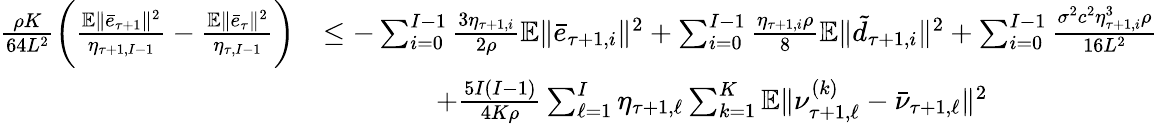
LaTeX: \begin{array}{rl}{\frac{\rho K}{64L^{2}}\bigg(\frac{\mathbb{E}\| \bar{e}_{\tau+1}\| ^{2}}{\eta_{\tau+1,I-1}}-\frac{\mathbb{E}\| \bar{e}_{\tau}\| ^{2}}{\eta_{\tau,I-1}}\bigg)}&{\leq-\sum_{i=0}^{I-1}\frac{3\eta_{\tau+1,i}}{2\rho}\mathbb{E}\| \bar{e}_{\tau+1,i}\| ^{2}+\sum_{i=0}^{I-1}\frac{\eta_{\tau+1,i}\rho}{8}\mathbb{E}\| \tilde{d}_{\tau+1,i}\| ^{2}+\sum_{i=0}^{I-1}\frac{\sigma^{2}c^{2}\eta_{\tau+1,i}^{3}\rho}{16L^{2}}}\\ &{\qquad\qquad+\frac{5I(I-1)}{4K\rho}\sum_{\ell=1}^{I}\eta_{\tau+1,\ell}\sum_{k=1}^{K}\mathbb{E}\| \nu_{\tau+1,\ell}^{(k)}-\bar{\nu}_{\tau+1,\ell}\| ^{2}}\end{array}